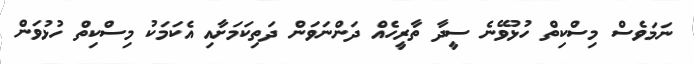
ނަމަވެސް މިސްކިތް ހުޅުވޭނެ ސީދާ ތާރީހެއް ދަންނަވަން ދަތިކަމަށާއި އެކަމަކު މިސްކިތް ހުޅުވަން